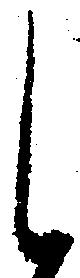
し